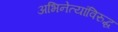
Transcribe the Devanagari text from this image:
अभिनेत्यांविरुद्ध